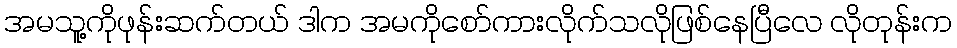
အမသူ့ကိုဖုန်းဆက်တယ် ဒါက အမကိုစော်ကားလိုက်သလိုဖြစ်နေပြီလေ လိုတုန်းက